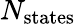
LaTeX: N_{\textrm{states}}